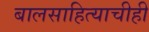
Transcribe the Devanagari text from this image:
बालसाहित्याचीही